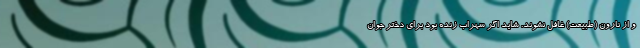
و از نارون (طبیعت) غافل نشوند. شاید اگر سهراب زنده بود برای دختر جوان